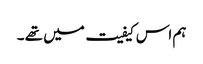
ہم اس کیفیت میں تھے ۔